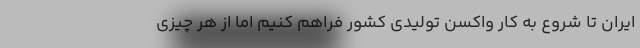
ایران تا شروع به کار واکسن تولیدی کشور فراهم کنیم اما از هر چیزی